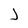
Character: J